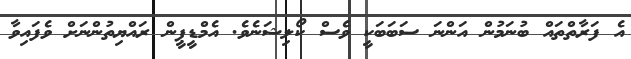
އެ ފަރާތްތައް ބުނަމުން އަންނަ ސަބަބަކީ ވެސް ކޯލިޝަނެވެ. އެމްޑީޕީން ރައްޔިތުންނަށް ވެފައިވާ